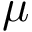
\mu